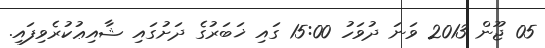
05 ޖޫން 2013 ވަނަ ދުވަހު 15:00 ގައި ޚަބަރުގެ ދަށުގައި ޝާއިޢުކުރެވިފައި.